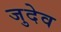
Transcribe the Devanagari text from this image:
जुदेव